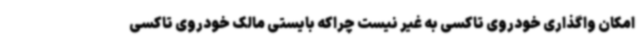
امکان واگذاری خودروی تاکسی به غیر نیست چراکه بایستی مالک خودروی تاکسی